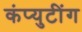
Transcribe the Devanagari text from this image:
कंप्युटींग